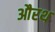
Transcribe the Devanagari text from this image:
औरथ